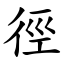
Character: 徑